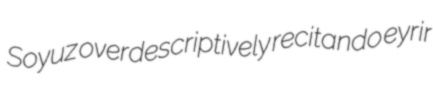
Soyuz overdescriptively recitando eyrir